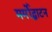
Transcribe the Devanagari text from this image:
मर्मोद्धाटन